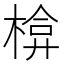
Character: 𭫃